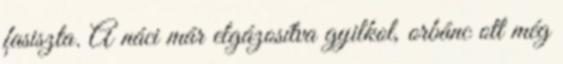
fasiszta. A náci már elgázosítva gyilkol, orbánc ott még